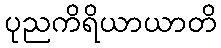
ပုညကိရိယာယာတိ